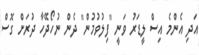
އަދި އެންމެ އިސް ލީޑަރު ވަނީ "ފިލުވުމުން" ދެން ނުހޯދޭހާ ދުރަށް ގޮސް